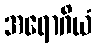
အရောဂိယံ